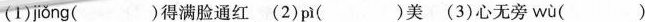
(1) jiǒng( )得满脸通红 (2)pì( )美 (3)心无旁 wù ( )